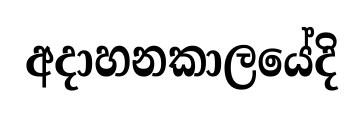
අදාහනකාලයේදි